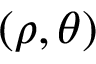
( \rho , \theta )